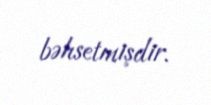
bəhsetmişdir.